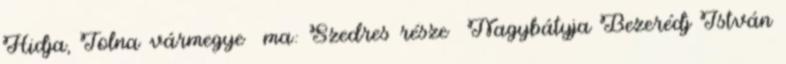
Hidja, Tolna vármegye ma: Szedres része Nagybátyja Bezerédj István